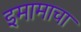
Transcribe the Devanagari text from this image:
इमामाचा